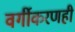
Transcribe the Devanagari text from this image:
वर्गीकरणही